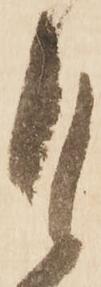
自